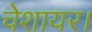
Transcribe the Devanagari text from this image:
चेशायर।